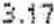
3.17